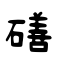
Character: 磰